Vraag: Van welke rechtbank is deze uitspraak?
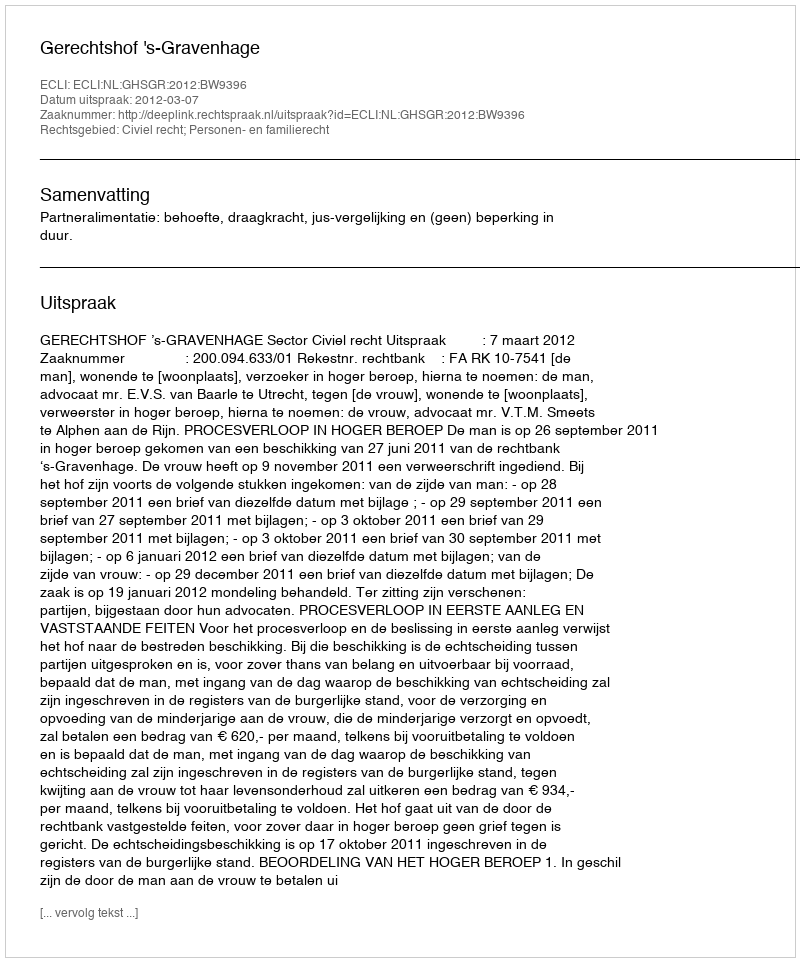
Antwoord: Gerechtshof 's-Gravenhage